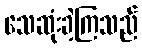
သေဆုံးခဲ့ကြသည်